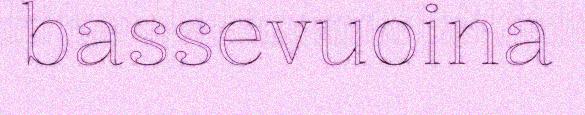
bassevuoina